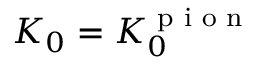
K _ { 0 } = K _ { 0 } ^ { \textrm { p i o n } }